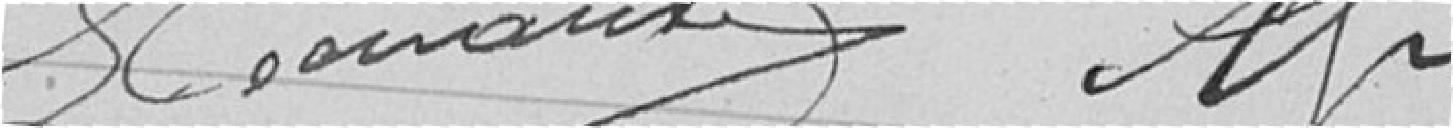
????